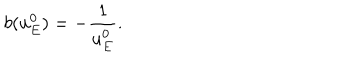
LaTeX: b ( u _ { E } ^ { 0 } ) = - \frac { 1 } { u _ { E } ^ { 0 } } .